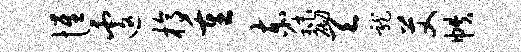
惟遽槁重赤秣砌天龙艾帙